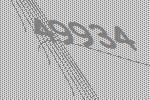
49934